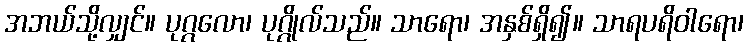
အဘယ်သို့လျှင်။ ပုဂ္ဂလော၊ ပုဂ္ဂိုလ်သည်။ သာရော၊ အနှစ်ရှိ၍။ သာရပရိဝါရော၊